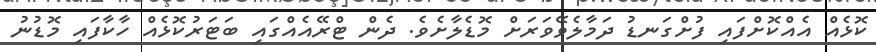
ކޮޅެއް އެއްކޮށްފައި ފުށްގަނޑު ދަމާލެވޭވަރަށް މޮޑެލާށެވެ. ދެން ޓްރޭއެއްގައި ބަޓަރުކޮޅެއް ހާކާފައި މޮޑުނު